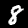
Label: 8